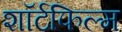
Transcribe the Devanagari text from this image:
शॉर्टफिल्म